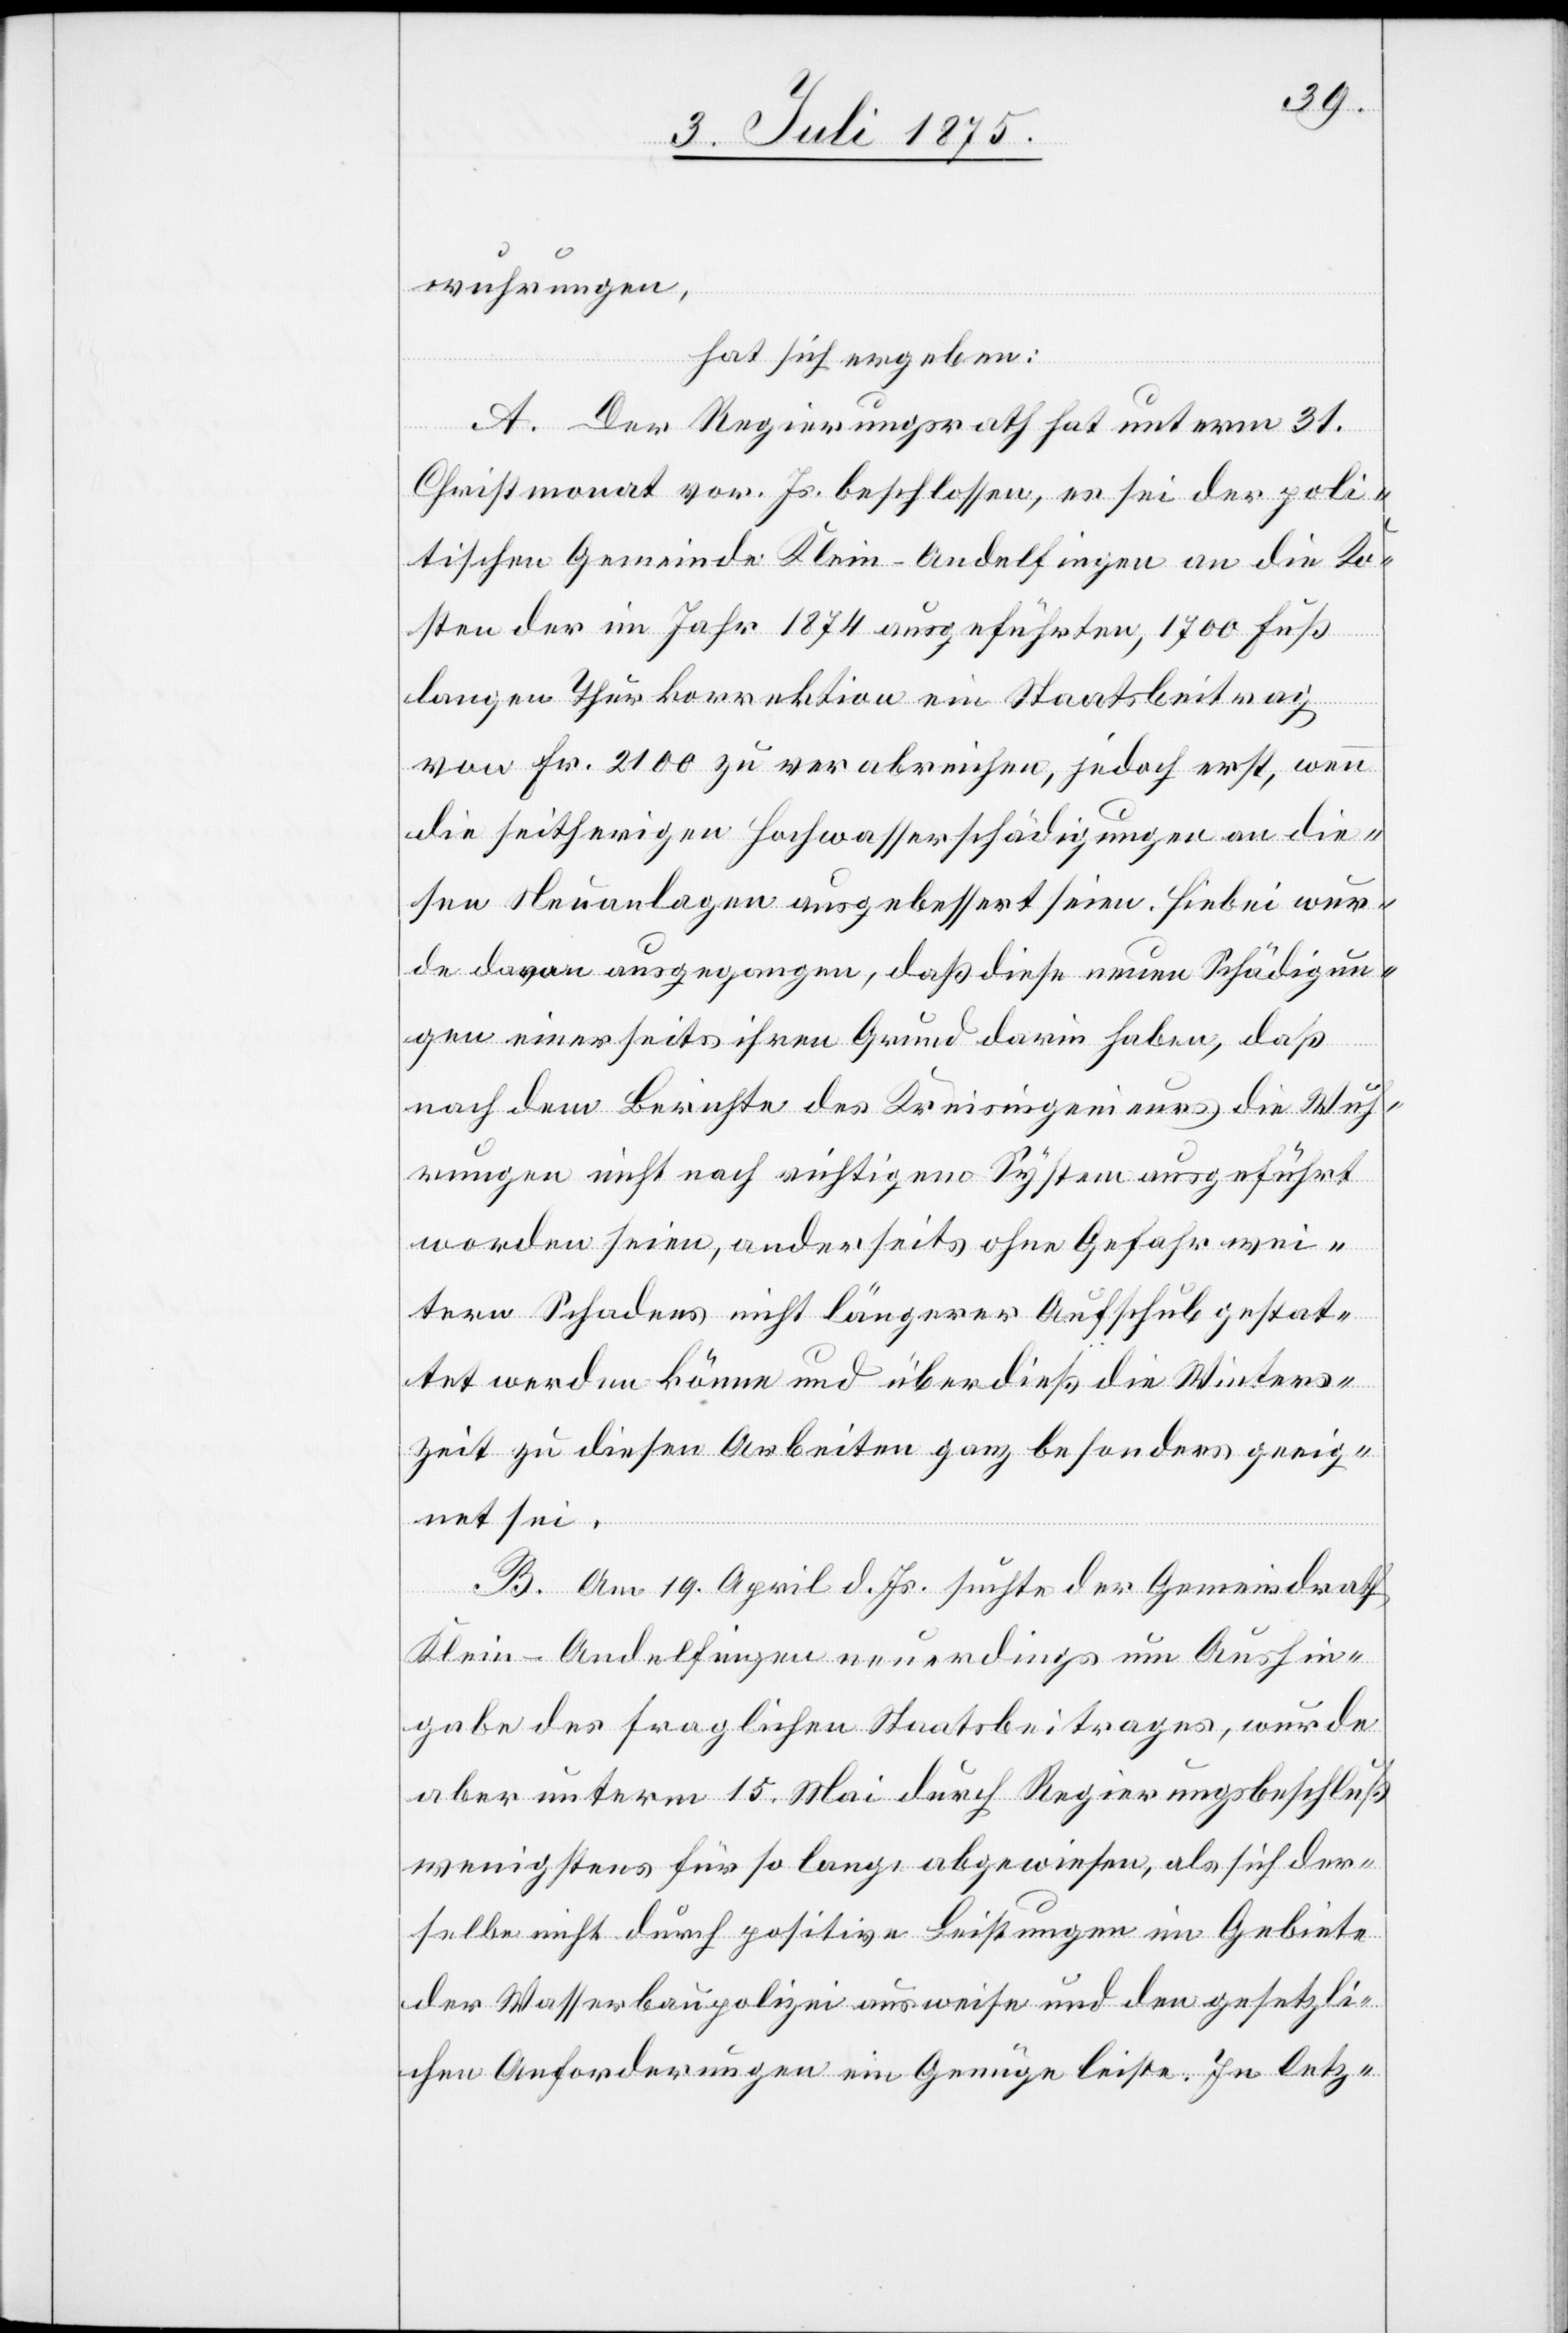
wuhrungen,
hat sich ergeben:
A. Der Regierungsrath hat unterm 31.
Christmonat vor. Js. beschlossen, es sei der poli¬
tischen Gemeinde Klein-Andelfingen an die Ko¬
sten der im Jahr 1874 ausgeführten, 1700 Fuß
langen Thurkorrektion ein Staatsbeitrag
von Fr. 2100 zu verabreichen, jedoch erst, wenn
die seitherigen Hochwasserschädigungen an die¬
sen Neuanlagen ausgebessert seien. Hiebei wur¬
de davon ausgegangen, daß diese neuen Schädigun¬
gen einerseits ihren Grund darin haben, daß
nach dem Berichte des Kreisingenieurs die Wuh¬
rungen nicht nach richtigem System ausgeführt
worden seien, anderseits ohne Gefahr wei¬
tern Schadens nicht längerer Aufschub gestat¬
tet werden könne und überdieß die Winters¬
zeit zu diesen Arbeiten ganz besonders geeig¬
net sei.
B. Am 19. April d. Js. suchte der Gemeindrath
Klein-Andelfingen neuerdings um Aushin¬
gabe des fraglichen Staatsbeitrages, wurde
aber unterm 15. Mai durch Regierungsbeschluß
wenigstens für so lange abgewiesen, als sich der¬
selbe nicht durch positive Leistungen im Gebiete
der Wasserbaupolizei ausweise und den gesetzli¬
chen Anforderungen ein Genüge leiste. In letz-